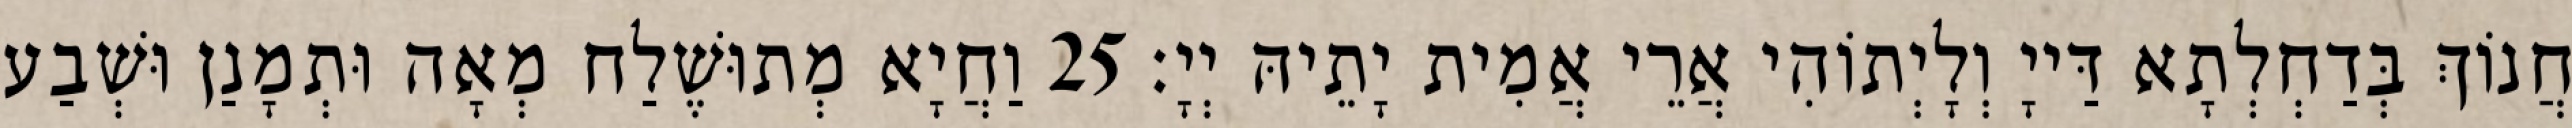
חֲנוֹךְ בְּדַחְלְתָא דַּייָ וְלָיְתוֹהִי אֲרֵי אֲמִית יָתֵיהּ יְיָ׃ 25 וַחֲיָא מְתוּשֶׁלַח מְאָה וּתְמָנַן וּשְׁבַע